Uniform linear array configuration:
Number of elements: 64
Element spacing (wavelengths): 0.75
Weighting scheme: blackman
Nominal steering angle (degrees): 45
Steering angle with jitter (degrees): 46.621
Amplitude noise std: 0.05
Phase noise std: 0.05

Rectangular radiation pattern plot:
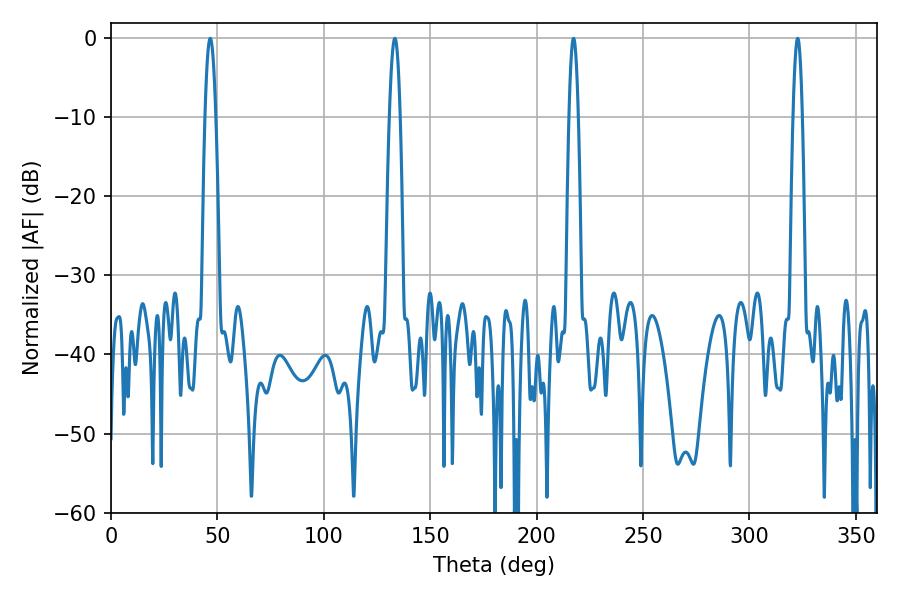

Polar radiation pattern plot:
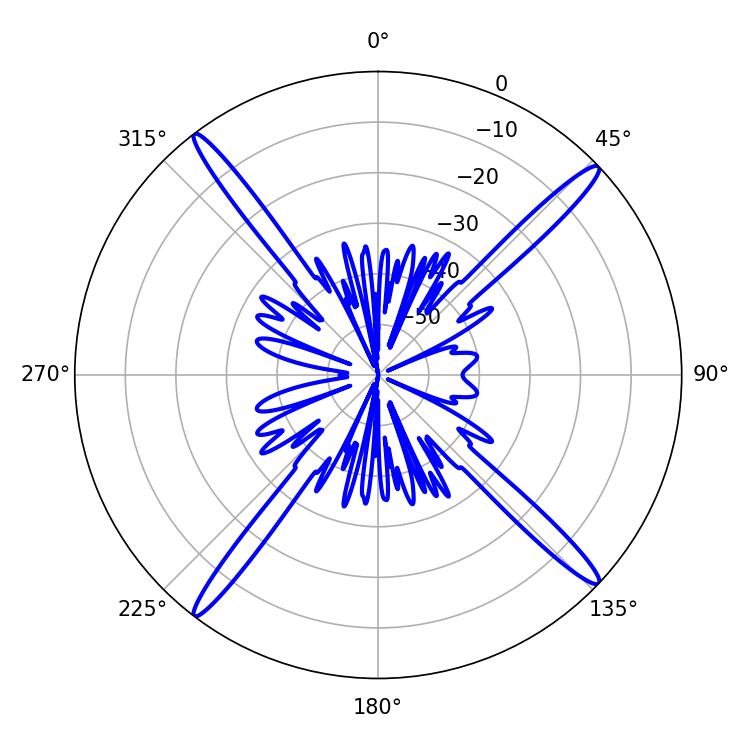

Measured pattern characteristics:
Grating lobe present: TRUE
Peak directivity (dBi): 19.672
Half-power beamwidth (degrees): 2.7
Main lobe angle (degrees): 46.62